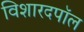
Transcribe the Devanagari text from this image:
विशारदपॉल